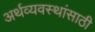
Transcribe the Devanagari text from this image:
अर्थव्यवस्थांसाठी